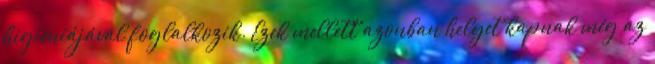
higiéniájával foglalkozik. Ezek mellett azonban helyet kapnak még az